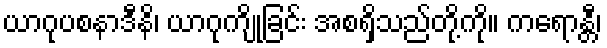
ယာဂုပစနာဒီနိ၊ ယာဂုကျိုခြင်း အစရှိသည်တို့ကို။ ကရောန္တီ၊